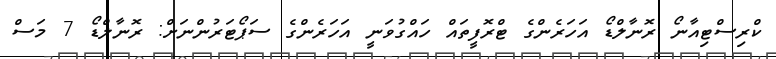
ކްރިސްޓިއާނޯ ރޮނާލްޑޯ އަހަރެންގެ ޓްރޮފީތައް ހައްގުވަނީ އަހަރެންގެ ސަޕޯޓަރުންނަށް: ރޮނާލްޑޯ 7 މަސް